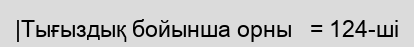
|Тығыздық бойынша орны   = 124-ші